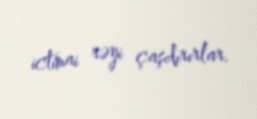
ictimai rəyi çaşdırırlar.